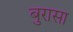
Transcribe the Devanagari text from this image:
बुरासा